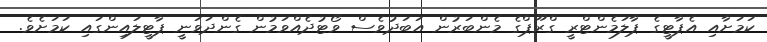
ކަމަށާއި އެޕާޓީގެ ޕާލަމެންޓްރީ ގްރޫޕްގެ މެންބަރުން އަބަދުވެސް ވޯޓުދެއްވަމުން ގެންދަވަނީ ޕާޓީލައިންގައި ކަމަށެވެ.